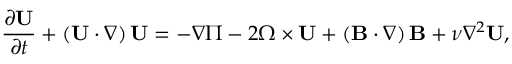
\frac { \partial \mathbf { U } } { \partial t } + \left( \mathbf { U } \cdot \nabla \right) \mathbf { U } = - \nabla \Pi - 2 \boldsymbol { \Omega } \times \mathbf { U } + \left( \mathbf { B } \cdot \nabla \right) \mathbf { B } + \nu \nabla ^ { 2 } \mathbf { U } ,